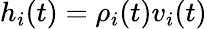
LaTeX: h_{i}(t)=\rho_{i}(t)v_{i}(t)